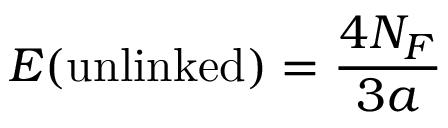
E ( \mathrm { u n l i n k e d } ) = { \frac { 4 N _ { F } } { 3 a } }